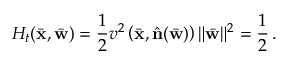
{ \cal H } _ { t } ( \bar { { \bf x } } , \bar { { \bf w } } ) = \frac { 1 } { 2 } v ^ { 2 } \left( \bar { { \bf x } } , \hat { \bf n } ( \bar { \bf w } ) \right) \| \bar { \bf w } \| ^ { 2 } = \frac { 1 } { 2 } \, .